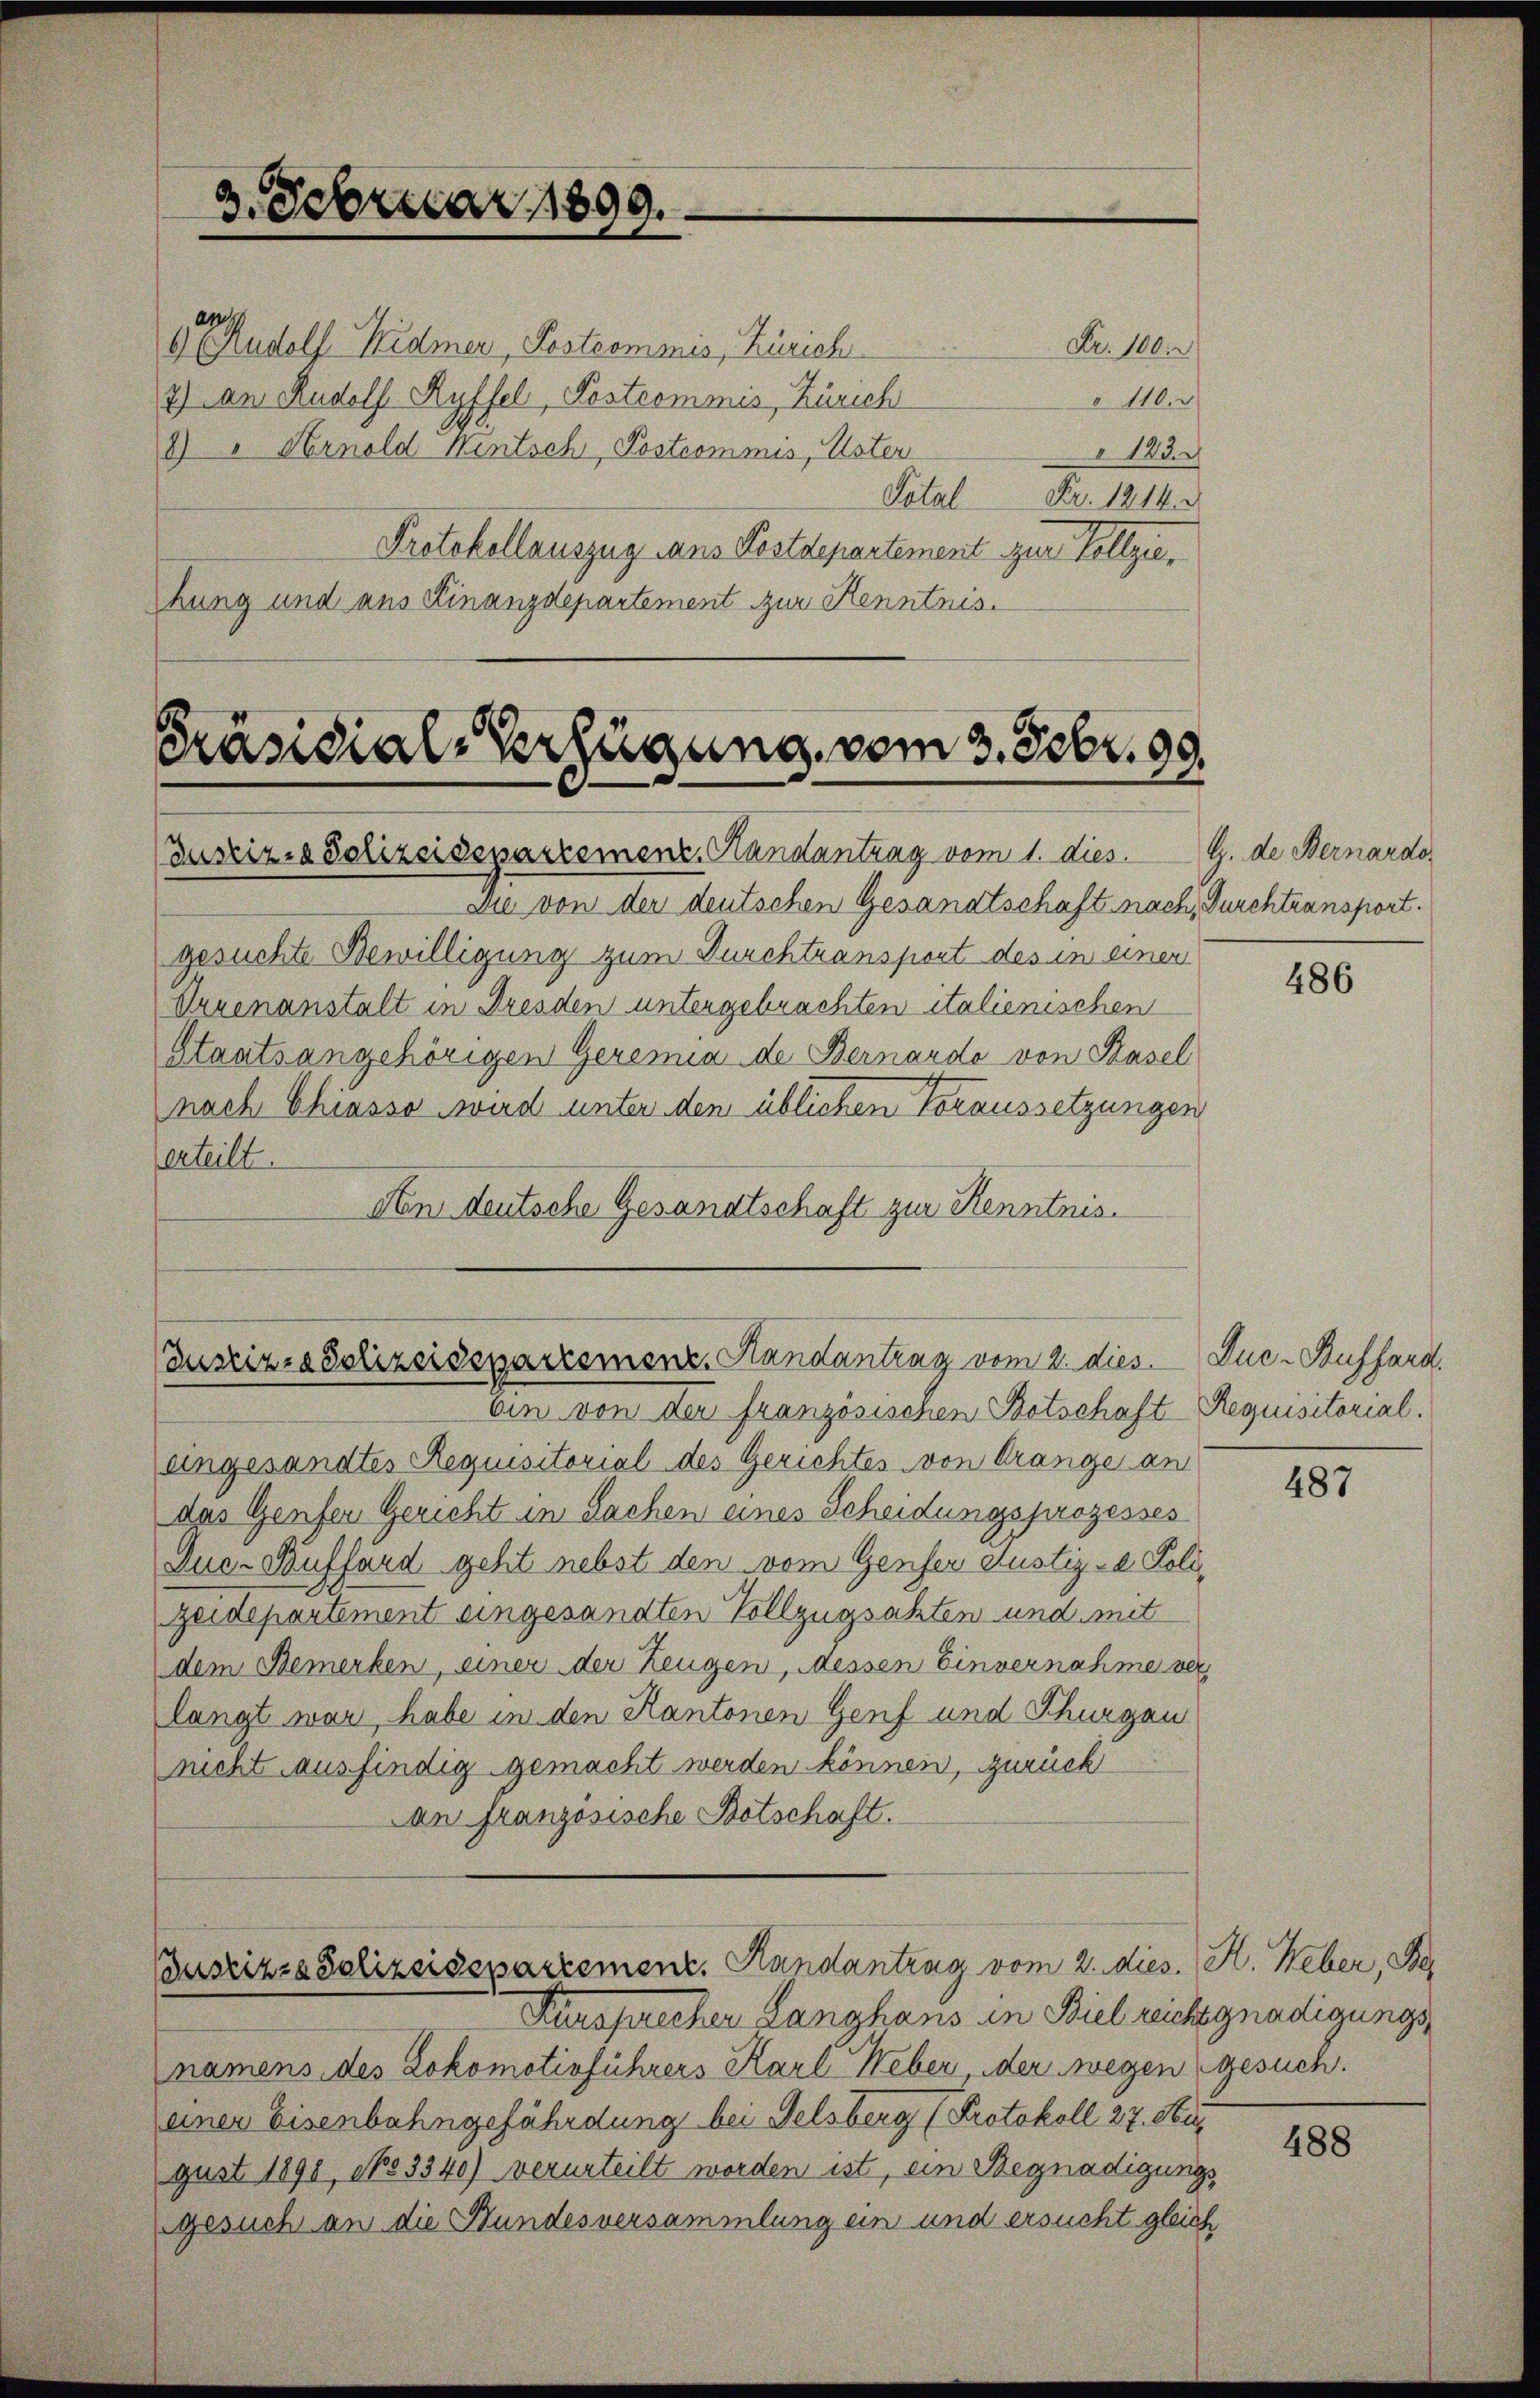
Präsidial-Verfügung, vom 3. Febr. 99.

3. Februar 1899.

6 Rudolf Widmer, Postcommis, Zürich
2.) An Rudolf Ryffel, Postcommis, Zürich
2) " Arnold Wintsch, Postcommis, Uster
Protokollauszug ans Postdepartement zur Vollziehung und aus Finanzdepartement zur Kenntnis.

(Justiz- & Polizeidepartemenz, Handantrag vom 1. dies
Die von der deutschen Gesandtschaft nach, Durchtransport.
gesuchte Bewilligung zum Durchtransport des in einer
Drrenanstalt in Dresden untergebrachten italienischen
Staatsangehörigen Geremia de Bernardo von Basel
nach Chiasso wird unter den üblichen Voraussetzungen
erteilt.
den deutsche Gesandtschaft zur Kenntnis.

Justizio Polizeidepartemenz, Handantrag vom 2. dies

uszizza Solizeisepartement. Handantrag vom 2. dies. H. Heber, Be

Nr. 100.
110.
123.
Total Fr. 1814.

oin von der französischen Botschaft Requisitorial.
eingesandtes Requisitorial des Gerichtes von Drange an
das Genfer Gericht in Sachen eines Scheidungsprozesses
Juc-Bufford geht nebst den vom Genfer Justiz- & Polizeidepartement eingesandten Vollzugsahten und mit
dem Bemerken, einer der Zeugen, Messen Einvernahme ver
langt war, habe in den Kantonen Genf und Schurgan
nicht ausfindig gemacht werden können, zurück
an französische Botschaft.

Kursprecher Langhans in Biel reichgnädigungsnamens des Lokomotivführers Karl Weber, der wegen gesuch.
einer Eisenbahngefährdung bei Felsberg (Protokoll 27. Stu
gust 1891, No 3340) verurteilt worden ist, ein Begnadigungs
gesuch an die Bundesversammlung ein und ersucht gleich

G. de Bernardo

486

Juc-Aufsard.

487

488